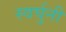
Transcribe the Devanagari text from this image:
स्वर्घुनी